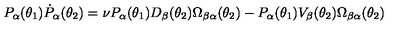
P _ { \alpha } ( \theta _ { 1 } ) \dot { P } _ { \alpha } ( \theta _ { 2 } ) = \nu P _ { \alpha } ( \theta _ { 1 } ) D _ { \beta } ( \theta _ { 2 } ) \Omega _ { \beta \alpha } ( \theta _ { 2 } ) - P _ { \alpha } ( \theta _ { 1 } ) V _ { \beta } ( \theta _ { 2 } ) \Omega _ { \beta \alpha } ( \theta _ { 2 } )